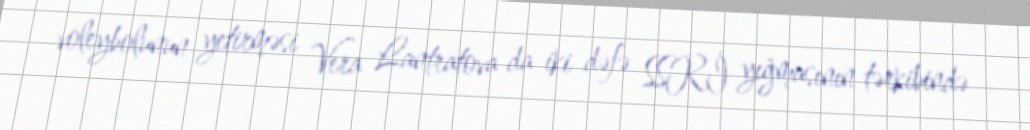
voleybolunun yetirməsi Vera Lantratova da iki dəfə SSRİ yığmasının tərkibində